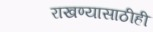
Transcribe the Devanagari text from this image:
राखण्यासाठीही